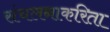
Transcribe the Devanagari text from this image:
संचलनाकरिता